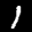
Digit: 7